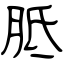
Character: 胝